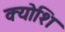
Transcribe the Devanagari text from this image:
क्योशि